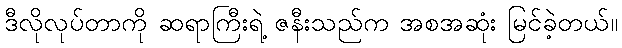
ဒီလိုလုပ်တာကို ဆရာကြီးရဲ့ ဇနီးသည်က အစအဆုံး မြင်ခဲ့တယ်။